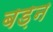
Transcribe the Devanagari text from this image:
बड़न